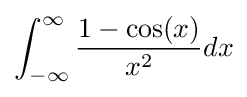
\int _{-\infty }^{\infty }{\frac {1-\cos(x)}{x^{2}}}dx